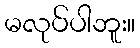
မလုပ်ပါဘူး။